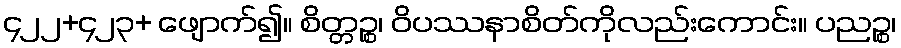
၄၂၂+၄၂၃+ ဖျောက်၍။ စိတ္တဉ္စ၊ ဝိပဿနာစိတ်ကိုလည်းကောင်း။ ပညဉ္စ၊